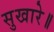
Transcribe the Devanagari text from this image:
सुखारे॥